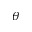
\theta